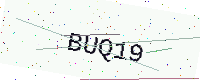
Text: BUQ19